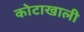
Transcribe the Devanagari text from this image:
कोटाखाली